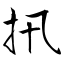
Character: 扟